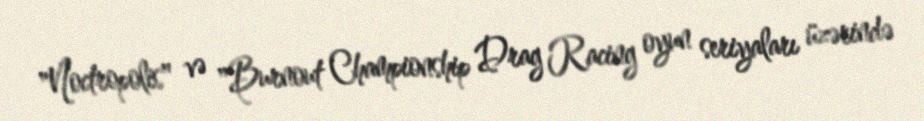
"Noctropolis" və "Burnout Championship Drag Racing oyun seriyaları üzərində